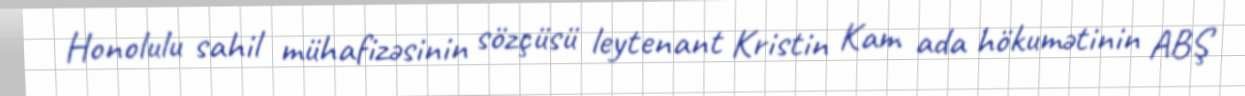
Honolulu sahil mühafizəsinin sözçüsü leytenant Kristin Kam ada hökumətinin ABŞ